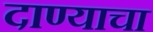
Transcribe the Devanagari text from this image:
दाण्याचा